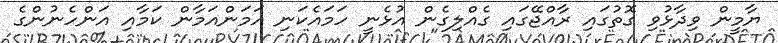
ޔާމީން ވިދާޅުވި ގޮތުގައި ރާއްޖޭގައި ގެއްލިގެން އުޅެނީ ހަމައެކަނި އަމަންއަމާން ކަމާއި އަންހެނުންގެ